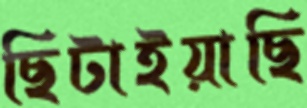
ছিটাইয়াছি